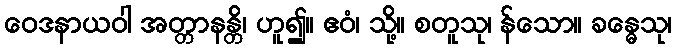
ဝေဒနာယဝါ အတ္တာနန္တိ၊ ဟူ၍။ ဧဝံ၊ သို့။ စတူသု၊ န်သော။ ခန္ဓေသု၊